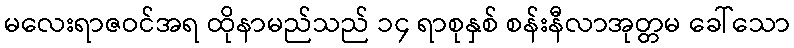
မလေးရာဇဝင်အရ ထိုနာမည်သည် ၁၄ ရာစုနှစ် စန်းနီလာအုတ္တမ ခေါ်သော